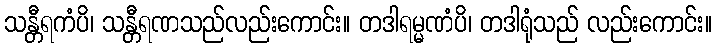
သန္တီရကံပိ၊ သန္တီရဏသည်လည်းကောင်း။ တဒါရမ္မဏံပိ၊ တဒါရုံသည် လည်းကောင်း။